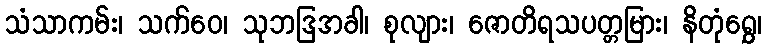
သံသာကမ်း၊ သက်ဝေ၊ သုဘဒြအခါ၊ စုလျား၊ ဇောတိရသပတ္တမြား၊ နိတုံရွှေ၊